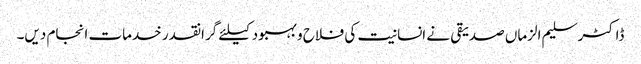
ڈاکٹر سلیم الزماں صدیقی نے انسانیت کی فلاح و بہبود کیلئے گرانقدر خدمات انجام دیں۔